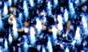
الفقرة